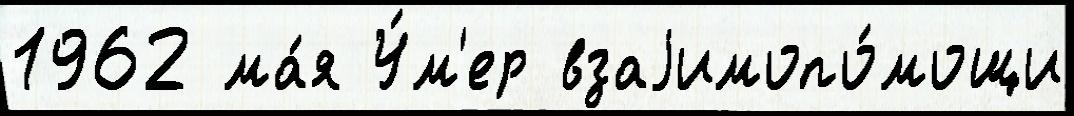
1962 ма́я У́м'ер взаjимопо́мощи